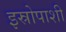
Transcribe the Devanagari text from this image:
इस्रोपाशी